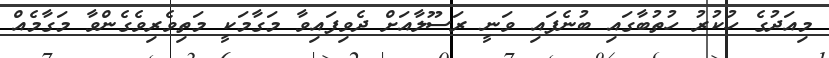
މިއަދުގެ ހުކުރު ހުތުބާގައި ބުނެފައި ވަނީ ރަސޫލާއަށް ދެވިފައިވާ މަގާމަކީ މަތިވެރިވެގެންވާ މަގާމެއް